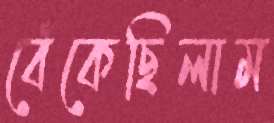
বেঁকেছিলাম